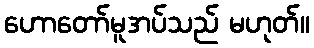
ဟောတော်မူအပ်သည် မဟုတ်။